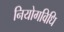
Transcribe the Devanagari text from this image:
नियोगविधि